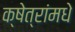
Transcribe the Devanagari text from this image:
क्षेत्रांमधे